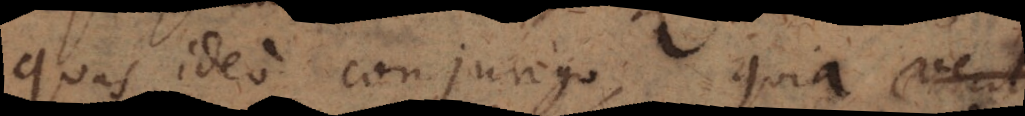
quas ideo conjungo quia